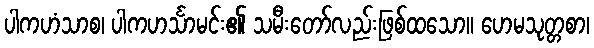
ပါကဟံသာစ၊ ပါကဟင်္သာမင်း၏ သမီးတော်လည်းဖြစ်ထသော။ ဟေမသုတ္တစာ၊